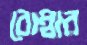
বোম্বার